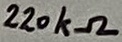
Text: 220kΩ